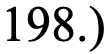
198.)